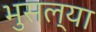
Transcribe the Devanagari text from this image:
भुसल्या